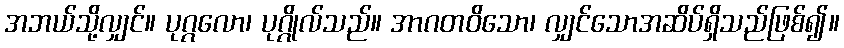
အဘယ်သို့လျှင်။ ပုဂ္ဂလော၊ ပုဂ္ဂိုလ်သည်။ အာဂတဝိသော၊ လျှင်သောအဆိပ်ရှိသည်ဖြစ်၍။